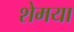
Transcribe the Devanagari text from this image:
शेमया